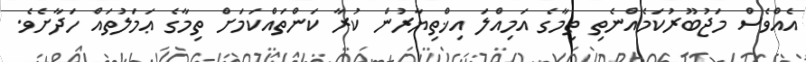
އެއްވެސް މަޖުބޫރުކަމެއްނެތި ތިމާގެ އަމިއްލަ އިޚްތިޔާރުން ކުރާ ކަންތައްކަމަށް ތިމާގެ ޢަމަލުތައް ހަދާށެވެ.